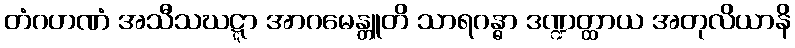
တံဂဟဏံ အသီသဃဋ္ဋာ အာဂမေန္တူတိ သာရဂန္ဓာ ဒဏ္ဍတ္ထာယ အတုလိယာနိ